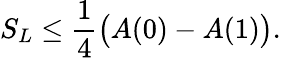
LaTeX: S_{L}\leq\frac{1}{4}\bigl(A(0)-A(1)\bigr).